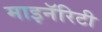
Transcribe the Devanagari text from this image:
माइनॅरिटी